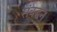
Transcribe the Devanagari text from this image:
संबद्धन